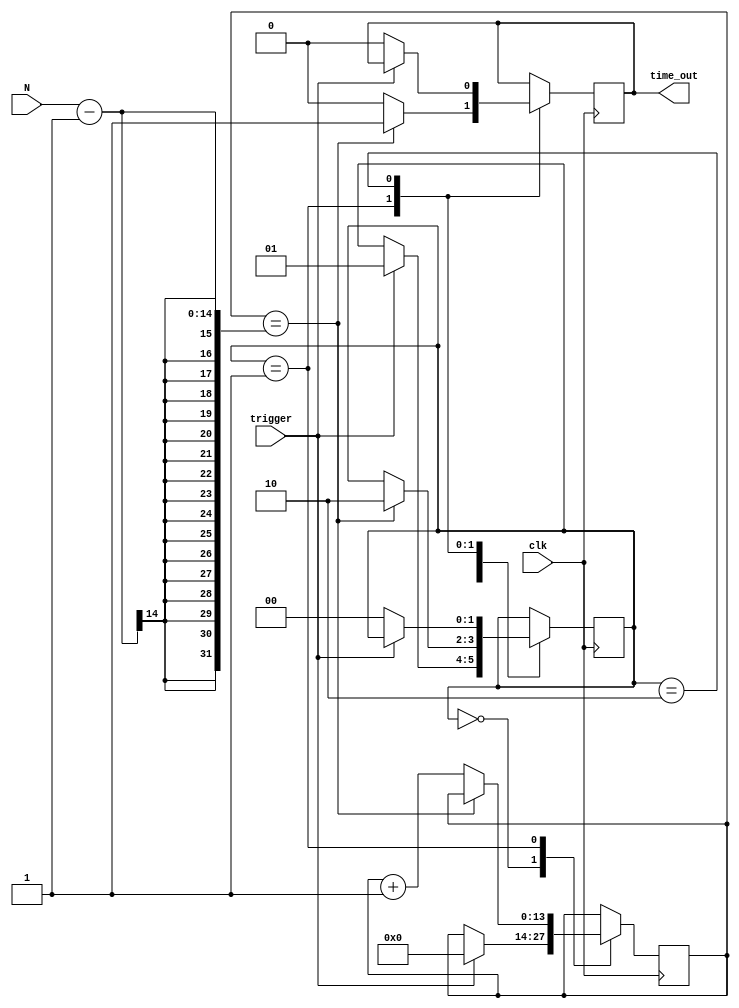
module delayv2 (N, clk, trigger, time_out);

input [13:0] N;
input clk, trigger;
output reg time_out;
reg [1:0] state;
initial state = 2'b0;
reg [13:0] count;
initial count = 0;
initial time_out <= 0;

always @ (posedge clk)
	case (state)
		2'b0: if (trigger == 1)
		begin
		state <= 1;
		count <= 0;
		end
		2'b1: if (count == N-1)
		begin 
		state <= 2'b10;
		time_out <= 1;
		end
		else begin
		count <= count + 1'b1;
		time_out <= 0;
		end
		2'b10: if (trigger == 0)
		begin
		state <= 2'b0;
		time_out <= 0;
		end
	endcase
endmodule